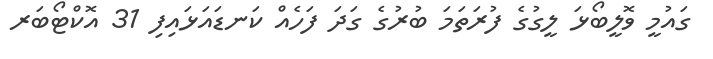
ގައުމީ ވޮލީބޯޅަ ލީގުގެ ފުރަތަމަ ބުރުގެ ގަދަ ފަހެއް ކަނޑައަޅައިފި 31 އޮކްޓޯބަރ